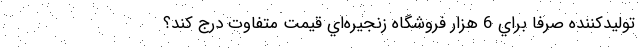
توليدكننده صرفا براي 6 هزار فروشگاه زنجيره‌اي قيمت متفاوت درج کند؟